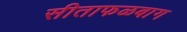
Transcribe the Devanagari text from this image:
सीताफळबाग